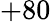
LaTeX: +80